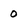
Character: 0